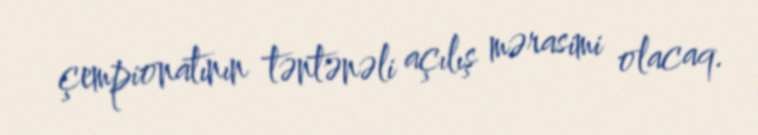
çempionatının təntənəli açılış mərasimi olacaq.